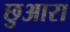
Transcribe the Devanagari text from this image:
छुआरा